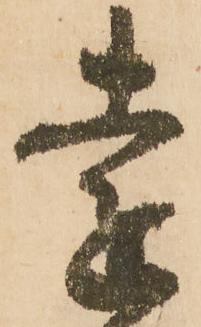
遠